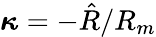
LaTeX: \boldsymbol{\kappa}=-\hat{R}/R_{m}